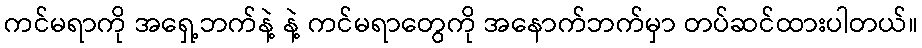
ကင်မရာကို အရှေ့ဘက်နဲ့ နဲ့ ကင်မရာတွေကို အနောက်ဘက်မှာ တပ်ဆင်ထားပါတယ်။